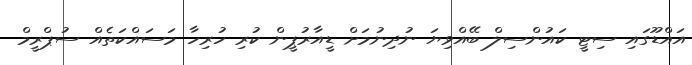
އައްޑޫގައި ސިޓީ ކައުންސިލް ބޭއްވިޔަ ނުދިނުމަށް ޑީއާރުޕީން ކުރި ހުރިހާ މަސައްކަތެއް ސުޕްރީމް